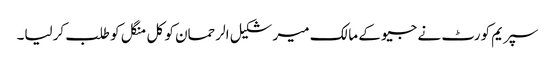
سپریم کورٹ نے جیو کے مالک میر شکیل الرحمان کو کل منگل کو طلب کرلیا۔